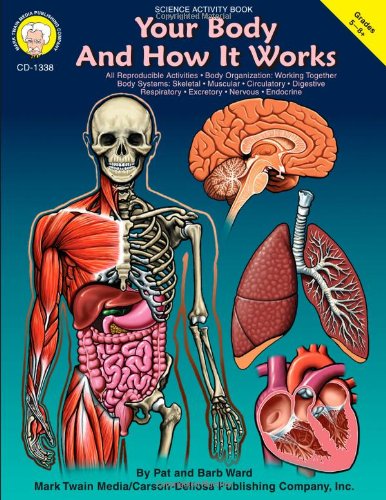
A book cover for Your Body and How it Works, Grades 5 - 8; Pat Ward; Children's Books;